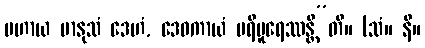
ပဟာယ မာနုသံ ဒေဟံ, ဒေဝကာယံ ပရိပူရေဿန္တီ”တိ။ (သံ။ နိ။